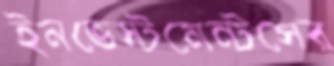
ইনভেস্টমেন্টসের